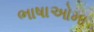
ભાષાઓમા